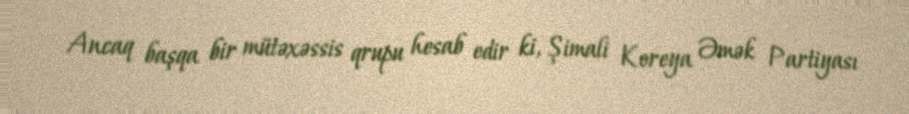
Ancaq başqa bir mütəxəssis qrupu hesab edir ki, Şimali Koreya Əmək Partiyası